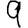
Digit: 9